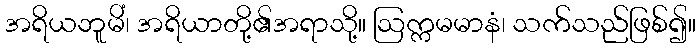
အရိယဘူမိံ၊ အရိယာတို့၏အရာသို့။ ဩက္ကမမာနံ၊ သက်သည်ဖြစ်၍။